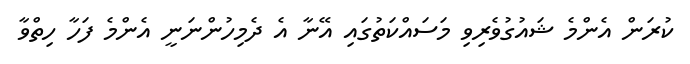
ކުރަން އެންމެ ޝައުގުވެރިވި މަސައްކަތުގައި އޭނާ އެ ދެމިހުންނަނީ އެންމެ ފަހާ ހިތްވާ